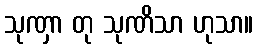
သုဏှာ တု သုဏိသာ ဟုသာ။